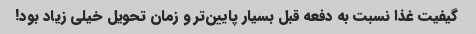
گیفیت غذا نسبت به دفعه قبل بسیار پایین‌تر و زمان تحویل خیلی زیاد بود!